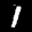
Label: 1